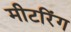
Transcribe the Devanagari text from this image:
मीटरिंग